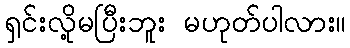
ရှင်းလို့မပြီးဘူး မဟုတ်ပါလား။